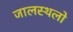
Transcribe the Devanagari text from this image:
जालस्थलो